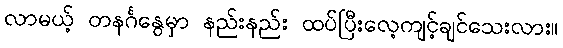
လာမယ့် တနင်္ဂနွေမှာ နည်းနည်း ထပ်ပြီးလေ့ကျင့်ချင်သေးလား။